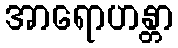
အာရောဟန္တာ